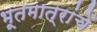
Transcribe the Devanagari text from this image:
भूतमात्रांचें